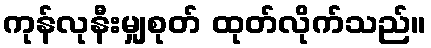
ကုန်လုနီးမျှစုတ် ထုတ်လိုက်သည်။